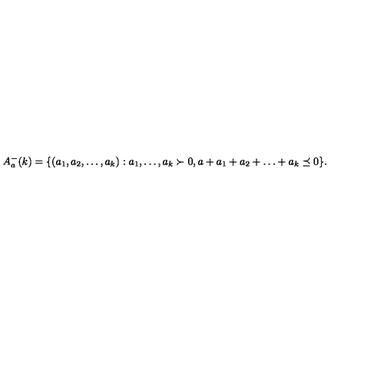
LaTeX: A _ { a } ^ { - } ( k ) = \{ ( a _ { 1 } , a _ { 2 } , \ldots , a _ { k } ) : a _ { 1 } , \ldots , a _ { k } \succ 0 , a + a _ { 1 } + a _ { 2 } + \ldots + a _ { k } \preceq 0 \} .